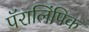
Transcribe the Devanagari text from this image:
पॅरालिंपिक